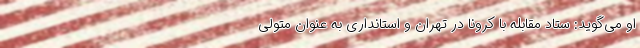
او می‌گوید: ستاد مقابله با کرونا در تهران و استانداری به عنوان متولی